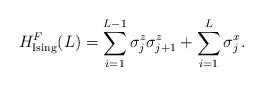
LaTeX: \begin{align*}H_{\rm Ising}^F(L)=\sum_{i=1}^{L-1}{\sigma_j^z}{\sigma_{j+1}^z}+\sum_{i=1}^{L}{\sigma_j^x}.\end{align*}